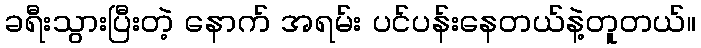
ခရီးသွားပြီးတဲ့ နောက် အရမ်း ပင်ပန်းနေတယ်နဲ့တူတယ်။